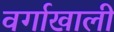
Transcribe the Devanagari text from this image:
वर्गाखाली